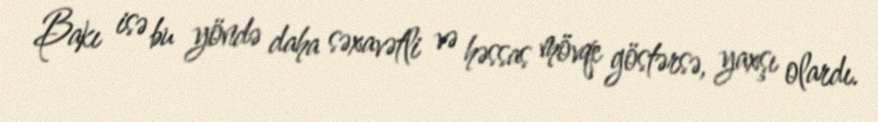
Bakı isə bu yöndə daha səxavətli və həssas mövqe göstərsə, yaxşı olardı.